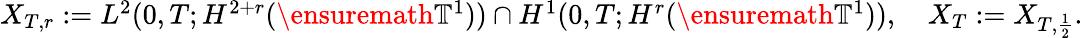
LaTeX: \begin{array}{r}{X_{T,r}:=L^{2}(0,T;H^{2+r}(\ensuremath{\mathbb{T}}^{1}))\cap H^{1}(0,T;H^{r}(\ensuremath{\mathbb{T}}^{1})),\quad X_{T}:=X_{T,\frac{1}{2}}.}\end{array}